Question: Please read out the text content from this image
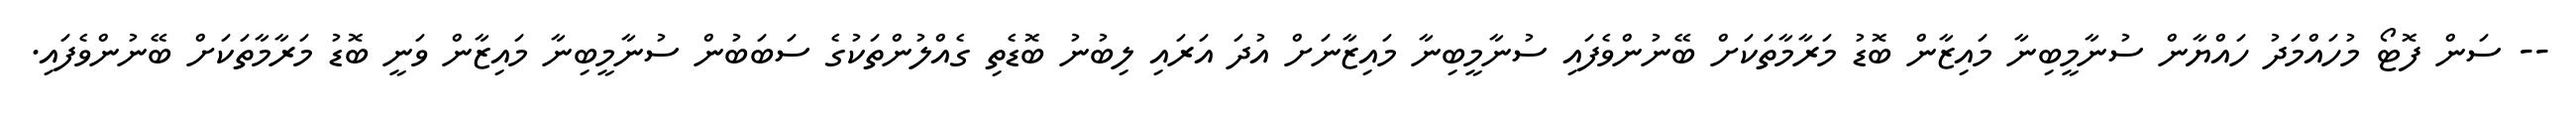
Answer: -- ސަން ފޮޓޯ މުހައްމަދު ހައްޔާން ސުނާމީބިނާ މައިޒާން ބޮޑު މަރާމާތަކަށް ބޭނުންވެފައި ސުނާމީބިނާ މައިޒާނަށް އުދަ އަރައި ލިބުނު ބޮޑެތި ގެއްލުންތަކުގެ ސަބަބުން ސުނާމީބިނާ މައިޒާން ވަނީ ބޮޑު މަރާމާތަކަށް ބޭނުންވެފައި.